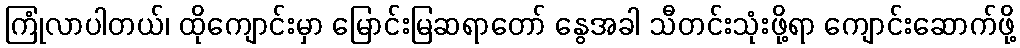
ကြုံလာပါတယ်၊ ထိုကျောင်းမှာ မြောင်းမြဆရာတော် နွေအခါ သီတင်းသုံးဖို့ရာ ကျောင်းဆောက်ဖို့